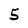
Character: 5